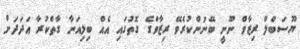
ޔޫސަބްލް ރިޒާވް ނޫނީ ބޭނުންކުރެވޭ ރިޒާވްގެ ގޮތުގައި އެއް ބިލިއަނާ ގާތްކުރާ އަދަދަށް